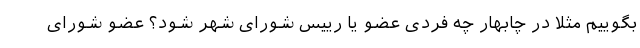
بگوییم مثلا در چابهار چه فردی عضو یا رییس شورای شهر شود؟ عضو شورای